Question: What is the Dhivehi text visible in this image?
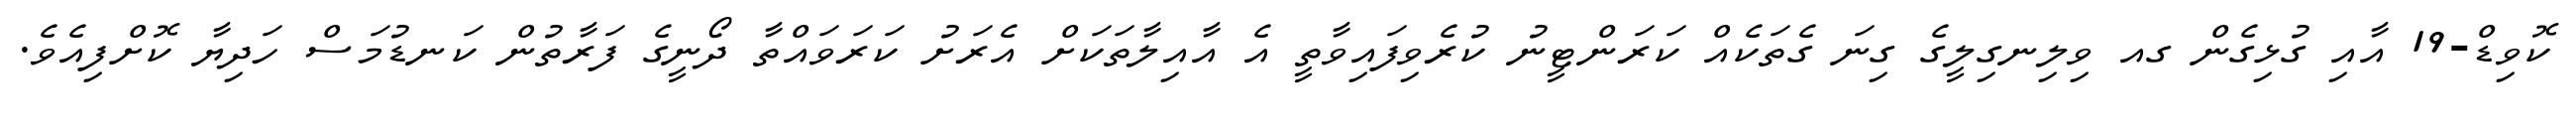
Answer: ކޮވިޑް-19 އާއި ގުޅިގެން ގއ ވިލިނގިލީގެ ގިނަ ގެތަކެއް ކަރަންޓީނު ކުރެވިފައިވާތީ އެ އާއިލާތަކަށް އެރަށު ކަރަވައްތާ ދޯނީގެ ފަރާތުން ކަނޑުމަސް ހަދިޔާ ކޮށްފިއެވެ.